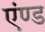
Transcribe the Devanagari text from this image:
एंण्ड